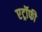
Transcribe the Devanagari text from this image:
एट्रॉफी